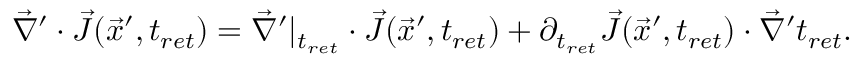
\vec { \nabla } ^ { \prime } \cdot \vec { J } ( \vec { x } ^ { \prime } , t _ { r e t } ) = \vec { \nabla } ^ { \prime } | _ { t _ { r e t } } \cdot \vec { J } ( \vec { x } ^ { \prime } , t _ { r e t } ) + \partial _ { t _ { r e t } } \vec { J } ( \vec { x } ^ { \prime } , t _ { r e t } ) \cdot \vec { \nabla } ^ { \prime } t _ { r e t } .